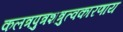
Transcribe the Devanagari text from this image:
कलत्रपुत्रशत्रुत्वकारणाय